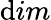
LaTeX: \mathrm{d}im